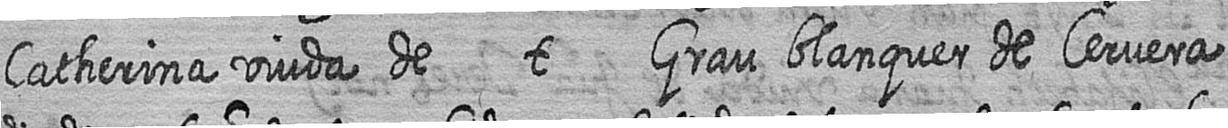
Catherina viuda de t Grau blanquer de Cervera